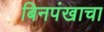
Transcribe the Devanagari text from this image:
बिनपंखाचा